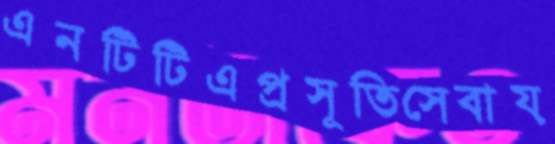
এনটিটিএপ্রসূতিসেবায়